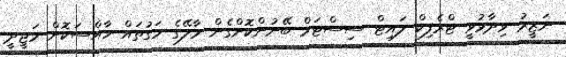
ނަޒީރު ވިދާޅުވީ ޓްރެފިކް ލައިޓް ސިސްޓަމް ބޭނުންކޮށްގެން މާލޭގެ މަގުތައް ހާއްސަކޮށް މަޖީދީ